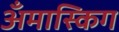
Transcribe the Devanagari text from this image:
अँमास्किग